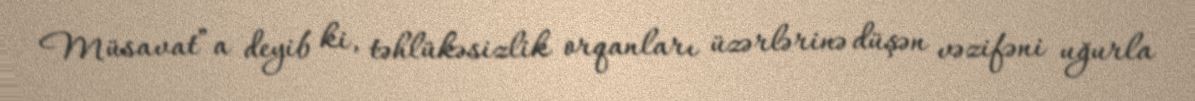
Müsavat”a deyib ki, təhlükəsizlik orqanları üzərlərinə düşən vəzifəni uğurla